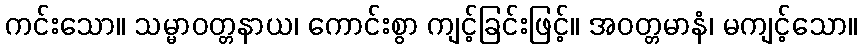
ကင်းသော။ သမ္မာဝတ္တနာယ၊ ကောင်းစွာ ကျင့်ခြင်းဖြင့်။ အဝတ္တမာနံ၊ မကျင့်သော။